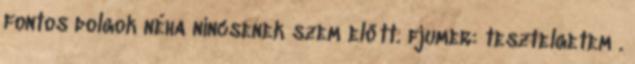
fontos dolgok néha nincsenek szem előtt. fjumer: tesztelgetem .